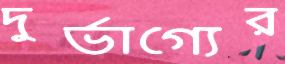
দুর্ভাগ্যের